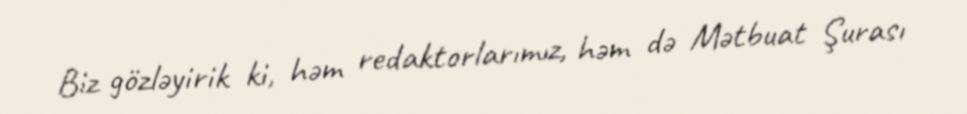
Biz gözləyirik ki, həm redaktorlarımız, həm də Mətbuat Şurası